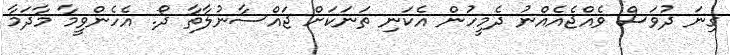
ގިނަ ދުވަސް ވެއްޖެއެއްނު ދެމީހުން އެކަނި ތަނަކަށް ޖައްސާނުލާތާ ދޯ. އެހެންވީމާ މާދަމާ